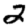
Digit: 2